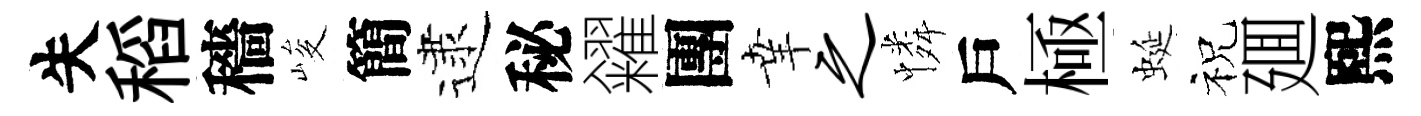
失稻穡峻簡逮秘糴團𦍒之憐戶極蜒祝廽熙